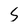
Character: S